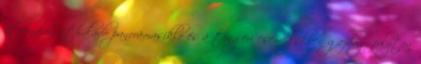
útvonalon áthaladó panorámasikló és a tengeri csemegékben gazdag, folyton